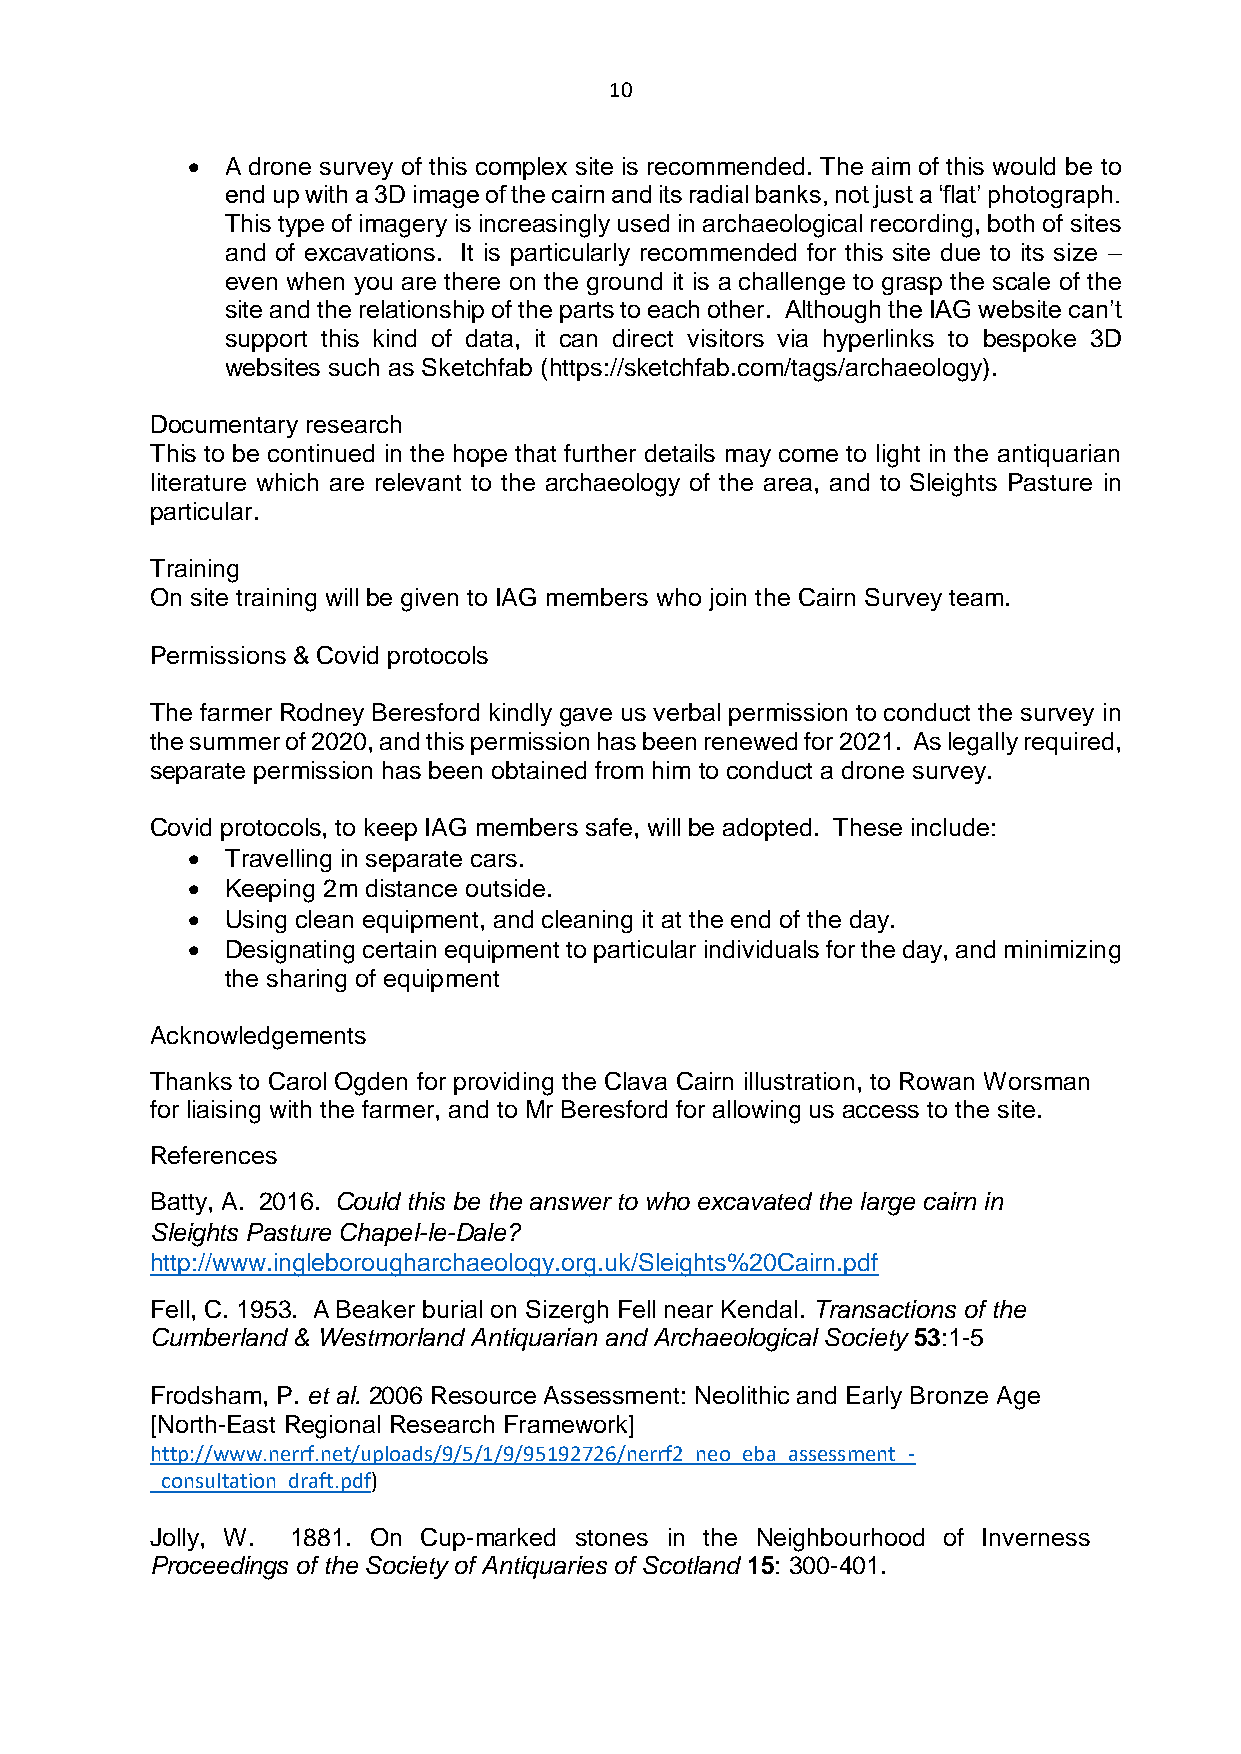
10
   A drone survey of this complex site is recommended. The aim of this would be to
 end up with a 3D image of the cairn and its radial banks, not just a ‘flat’ photograph.
 This type of imagery is increasingly used in archaeological recording, both of sites
 and of excavations. It is particularly recommended for this site due to its size –
 even when you are there on the ground it is a challenge to grasp the scale of the
 site and the relationship of the parts to each other. Although the IAG website can’t
 support this kind of data, it can direct visitors via hyperlinks to bespoke 3D
 websites such as Sketchfab (https://sketchfab.com/tags/archaeology).
 Documentary research
 This to be continued in the hope that further details may come to light in the antiquarian
 literature which are relevant to the archaeology of the area, and to Sleights Pasture in
 particular.
 Training
 On site training will be given to IAG members who join the Cairn Survey team.
 Permissions & Covid protocols
 The farmer Rodney Beresford kindly gave us verbal permission to conduct the survey in
 the summer of 2020, and this permission has been renewed for 2021. As legally required,
 separate permission has been obtained from him to conduct a drone survey.
 Covid protocols, to keep IAG members safe, will be adopted. These include:
   Travelling in separate cars.
   Keeping 2m distance outside.
   Using clean equipment, and cleaning it at the end of the day.
   Designating certain equipment to particular individuals for the day, and minimizing
 the sharing of equipment
 Acknowledgements
 Thanks to Carol Ogden for providing the Clava Cairn illustration, to Rowan Worsman
 for liaising with the farmer, and to Mr Beresford for allowing us access to the site.
 References
 Batty, A. 2016. Could this be the answer to who excavated the large cairn in
 Sleights Pasture Chapel-le-Dale?
 http://www.ingleborougharchaeology.org.uk/Sleights%20Cairn.pdf
 Fell, C. 1953. A Beaker burial on Sizergh Fell near Kendal. Transactions of the
 Cumberland & Westmorland Antiquarian and Archaeological Society 53:1-5
 Frodsham, P. et al. 2006 Resource Assessment: Neolithic and Early Bronze Age
 [North-East Regional Research Framework]
 http://www.nerrf.net/uploads/9/5/1/9/95192726/nerrf2_neo_eba_assessment_-
 _consultation_draft.pdf)
 Jolly, W. 1881. On Cup-marked stones in the Neighbourhood of Inverness
 Proceedings of the Society of Antiquaries of Scotland 15: 300-401.